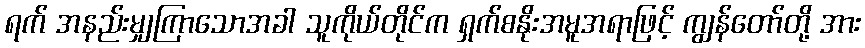
ရက် အနည်းမျှကြာသောအခါ သူကိုယ်တိုင်က ရှက်စနိုးအမူအရာဖြင့် ကျွန်တော်တို့ အား